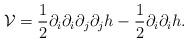
LaTeX: \begin{align*}\mathcal{V}=\frac{1}{2}\partial_{i}\partial_{i}\partial_{j}\partial_{j}h-\frac{1}{2}\partial_{i}\partial_{i}h.\end{align*}